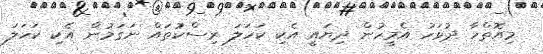
މިއޮތްހާ ދުވަހު އެމީހުން ދިޔައީ އެކި ކަހަލަ ރިސްކުތައް ނަގަމުން އެކި ކަހަލަ